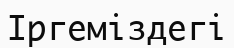
Іргеміздегі